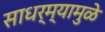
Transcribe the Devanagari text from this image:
साधर्म्यामुळे